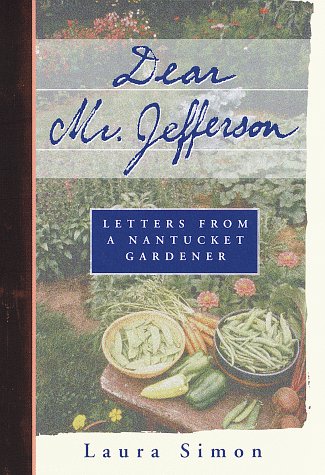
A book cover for Dear Mr. Jefferson: Letters from a Nantucket Gardener; Laura Simon; Crafts, Hobbies & Home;